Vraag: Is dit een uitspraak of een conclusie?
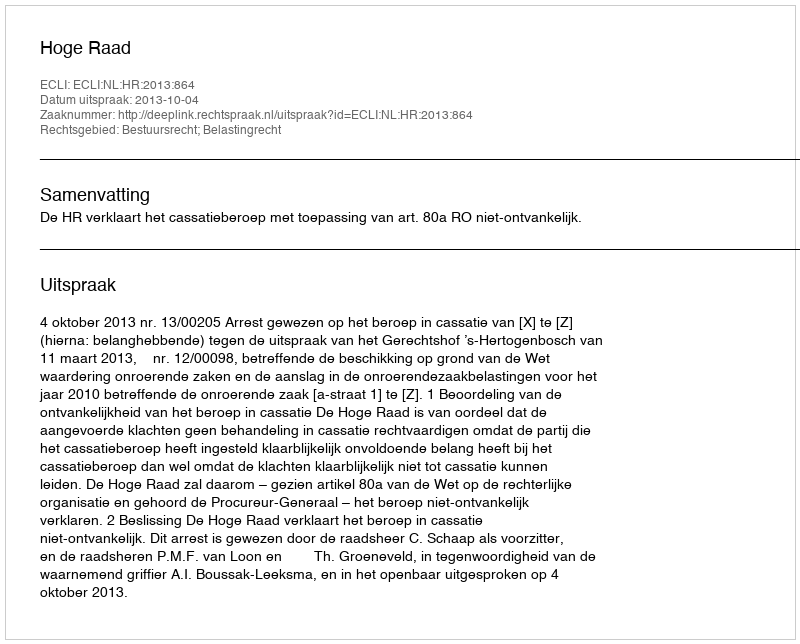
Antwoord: Uitspraak